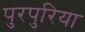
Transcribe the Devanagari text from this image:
पुरपुरिया